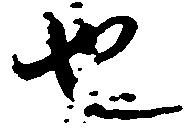
也